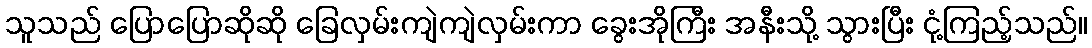
သူသည် ပြောပြောဆိုဆို ခြေလှမ်းကျဲကျဲလှမ်းကာ ခွေးအိုကြီး အနီးသို့ သွားပြီး ငုံ့ကြည့်သည်။